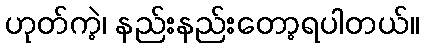
ဟုတ်ကဲ့၊ နည်းနည်းတော့ရပါတယ်။